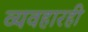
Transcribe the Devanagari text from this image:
व्यवहारही